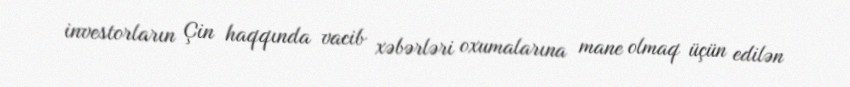
investorların Çin haqqında vacib xəbərləri oxumalarına mane olmaq üçün edilən